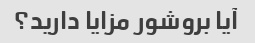
آیا بروشور مزایا دارید؟